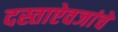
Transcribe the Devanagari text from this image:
दस्ताऐवजांचे